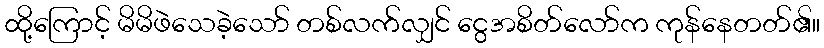
ထို့ကြောင့် မိမိဖဲသေခဲ့သော် တစ်လက်လျှင် ငွေအစိတ်လော်က ကုန်နေတတ်၏။